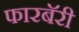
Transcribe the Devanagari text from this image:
फारबॅरी